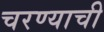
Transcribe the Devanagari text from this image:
चरण्याची